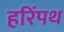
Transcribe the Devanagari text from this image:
हरिंपथ